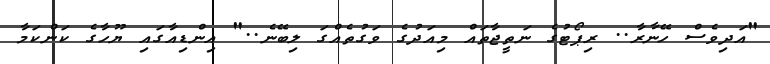
"އަދިވެސް ހޭނާރާ.. ރިޕޯޓުގެ ނަތީޖާތައް މިއަދުގެ ވަގުތެއްގަ ލިބޭނެ.." އިންޑިއާގައި ޔޫހާގެ ކަންކަމާ